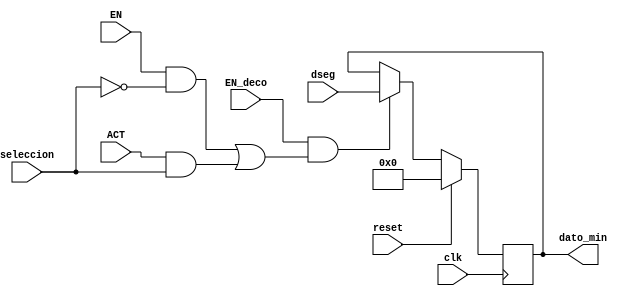
`timescale 1ns / 1ps
//////////////////////////////////////////////////////////////////////////////////
// Company: 
// Engineer: 
// 
// Design Name: 
// Module Name:    registro_min_CRONOMETRO 
// Project Name: 
// Target Devices: 
// Tool versions: 
// Description: 
//
// Dependencies: 
//
// Revision: 
// Revision 0.01 - File Created
// Additional Comments: 
//
//////////////////////////////////////////////////////////////////////////////////
module registro_min_CRONOMETRO(
input wire clk,reset,seleccion,
input wire [7:0] dseg,
input wire EN,EN_deco,ACT,
output reg [7:0]dato_min
    );


always@(posedge clk ) 
begin   
   if (reset)
      dato_min<=0;

	else begin 
	if((EN_deco==1)&&(((EN==1)&&(seleccion==0))||((ACT==1)&&(seleccion==1))))
     dato_min<=dseg;
	 else 
	  dato_min<=dato_min;
	  end
	 
end

endmodule